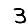
Digit: 3